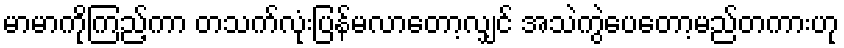
မာမာကိုကြည့်ကာ တသက်လုံးပြန်မလာတော့လျှင် အသဲကွဲပေတော့မည်တကားဟု